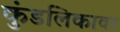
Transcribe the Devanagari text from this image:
कुंडलिकावर